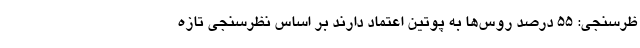
ظرسنجی: ۵۵ درصد روس‌ها به پوتین اعتماد دارند بر اساس نظرسنجی تازه